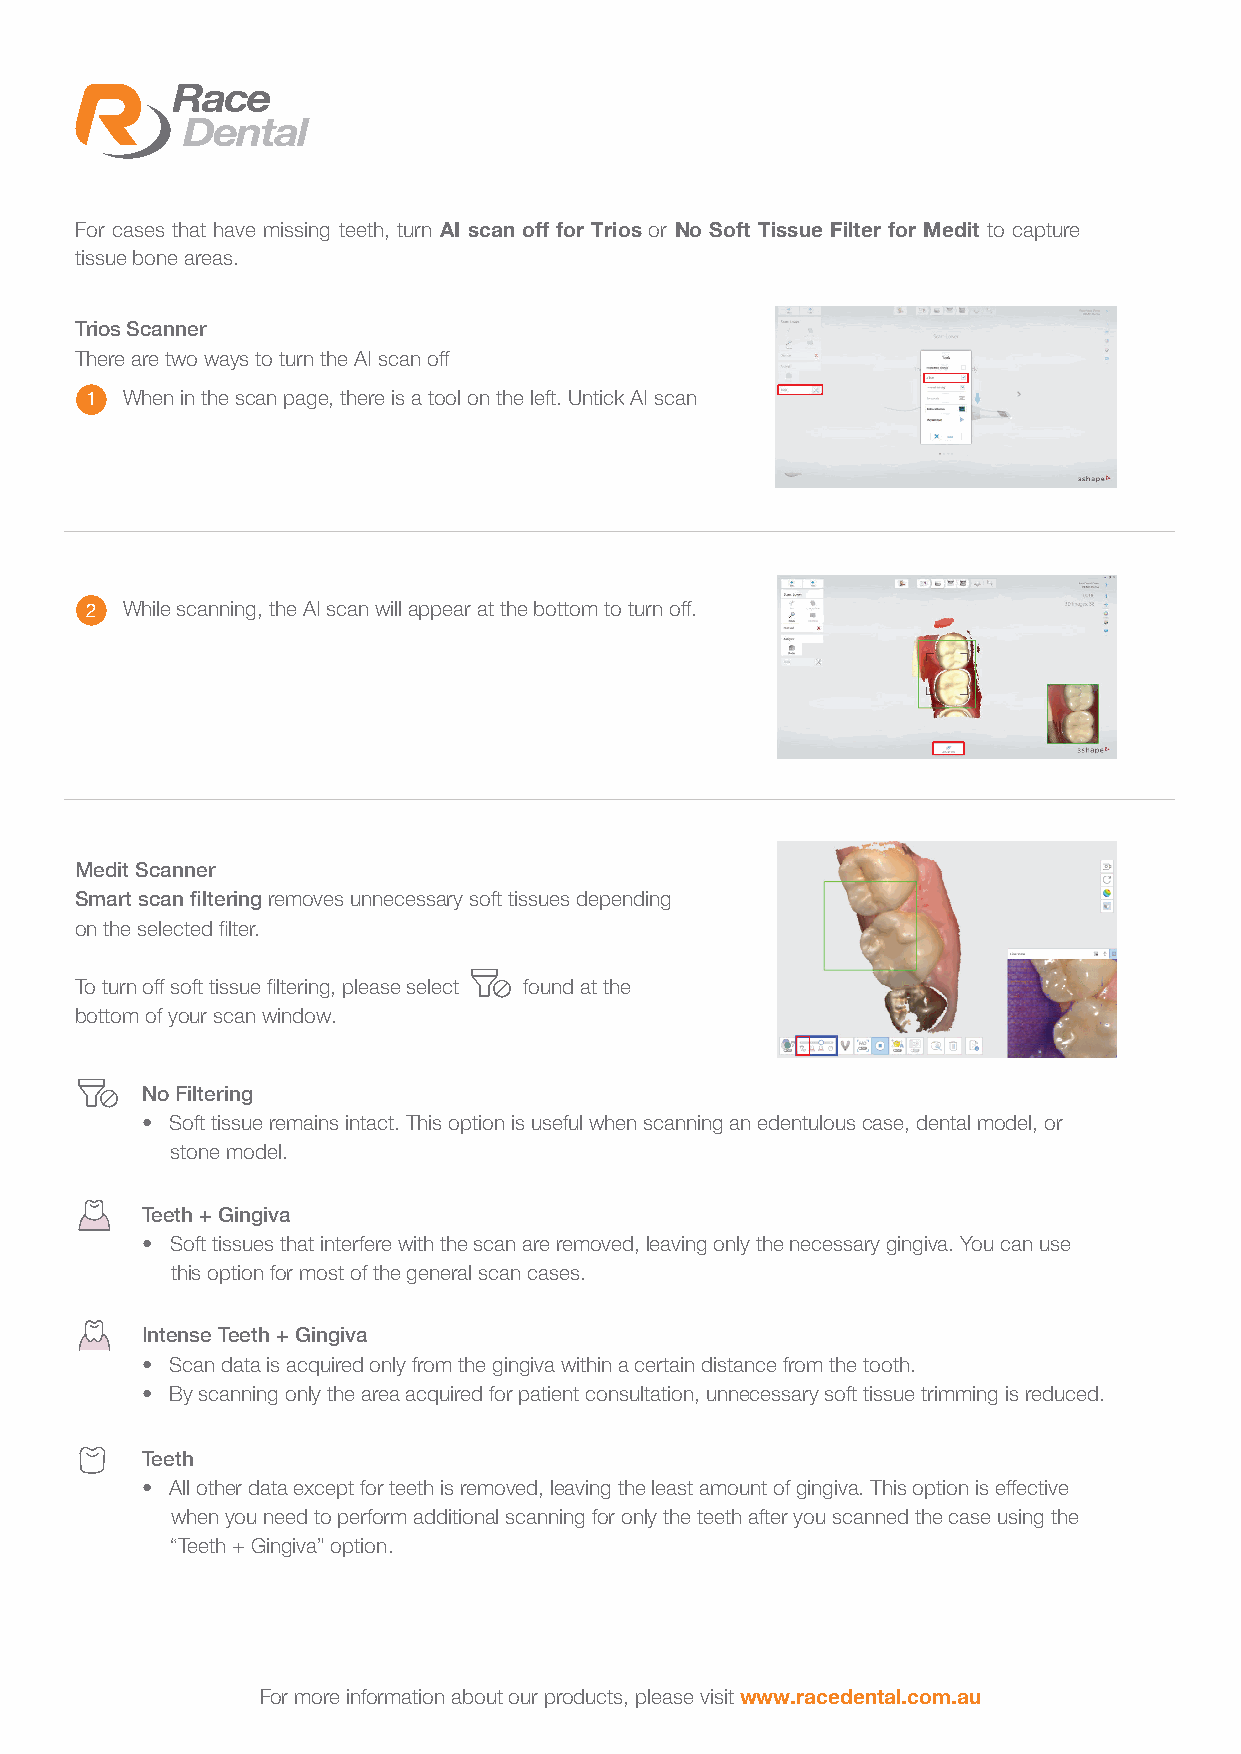
For cases that have missing teeth, turn AI scan off for Trios or No Soft Tissue Filter for Medit to capture
 tissue bone areas.
 Trios Scanner
 There are two ways to turn the AI scan off
 1 When in the scan page, there is a tool on the left. Untick AI scan
 2 While scanning, the AI scan will appear at the bottom to turn off.
 Medit Scanner
 Smart scan filtering removes unnecessary soft tissues depending
 on the selected filter.
 To turn off soft tissue filtering, please select found at the
 bottom of your scan window.
 No Filtering
 • Soft tissue remains intact. This option is useful when scanning an edentulous case, dental model, or
 stone model.
 Teeth + Gingiva
 • Soft tissues that interfere with the scan are removed, leaving only the necessary gingiva. You can use
 this option for most of the general scan cases.
 Intense Teeth + Gingiva
 • Scan data is acquired only from the gingiva within a certain distance from the tooth.
 • By scanning only the area acquired for patient consultation, unnecessary soft tissue trimming is reduced.
 Teeth
 • All other data except for teeth is removed, leaving the least amount of gingiva. This option is effective
 when you need to perform additional scanning for only the teeth after you scanned the case using the
 “Teeth + Gingiva” option.
 For more information about our products, please visit www.racedental.com.au